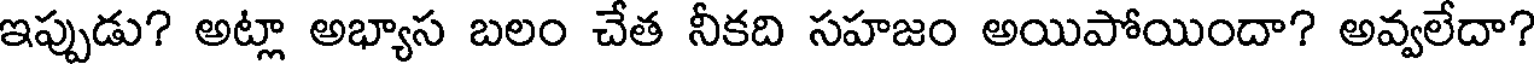
ఇప్పుడు? అట్లా అభ్యాస బలం చేత నీకది సహజం అయిపోయిందా? అవ్వలేదా?